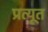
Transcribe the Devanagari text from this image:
प्रत्यूत